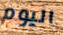
اليوم